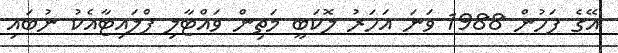
އޭގެ ފަހުން 1988 ވަނަ އަހަރު ލޮކަބީ މަތިން ވައްޓާލި ފްލައިޓާއެކު ނުބައި